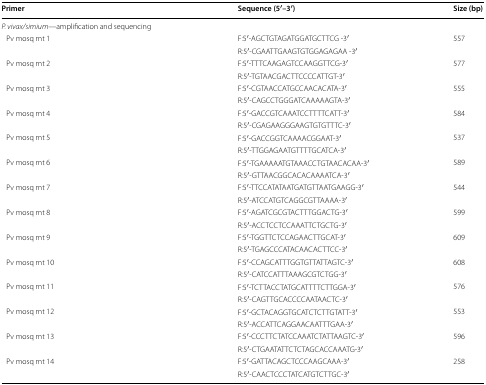
<table><thead><tr><td><b>Primer</b></td><td><b>Sequence (5′–3′)</b></td><td><b>Size (bp)</b></td></tr></thead><tbody><tr><td colspan="3"><i>P. vivax/simium</i>—amplification and sequencing</td></tr><tr><td rowspan="2"> Pv mosq mt 1</td><td>F:5′-AGCTGTAGATGGATGCTTCG -3′</td><td>557</td></tr><tr><td>R:5′-CGAATTGAAGTGTGGAGAGAA -3′</td><td></td></tr><tr><td rowspan="2"> Pv mosq mt 2</td><td>F:5′-TTTCAAGAGTCCAAGGTTCG-3′</td><td>577</td></tr><tr><td>R:5′-TGTAACGACTTCCCCATTGT-3′</td><td></td></tr><tr><td rowspan="2"> Pv mosq mt 3</td><td>F:5′-CGTAACCATGCCAACACATA-3′</td><td>555</td></tr><tr><td>R:5′-CAGCCTGGGATCAAAAAGTA-3′</td><td></td></tr><tr><td rowspan="2"> Pv mosq mt 4</td><td>F:5′-GACCGTCAAATCCTTTTCATT-3′</td><td>584</td></tr><tr><td>R:5′-CGAGAAGGGAAGTGTGTTTC-3′</td><td></td></tr><tr><td rowspan="2"> Pv mosq mt 5</td><td>F:5′-GACCGGTCAAAACGGAAT-3′</td><td>537</td></tr><tr><td>R:5′-TTGGAGAATGTTTTGCATCA-3′</td><td></td></tr><tr><td rowspan="2"> Pv mosq mt 6</td><td>F:5′-TGAAAAATGTAAACCTGTAACACAA-3′</td><td>589</td></tr><tr><td>R:5′-GTTAACGGCACACAAAATCA-3′</td><td></td></tr><tr><td rowspan="2"> Pv mosq mt 7</td><td>F:5′-TTCCATATAATGATGTTAATGAAGG-3′</td><td>544</td></tr><tr><td>R:5′-ATCCATGTCAGGCGTTAAAA-3′</td><td></td></tr><tr><td rowspan="2"> Pv mosq mt 8</td><td>F:5′-AGATCGCGTACTTTGGACTG-3′</td><td>599</td></tr><tr><td>R:5′-ACCTCCTCCAAATTCTGCTG-3′</td><td></td></tr><tr><td rowspan="2"> Pv mosq mt 9</td><td>F:5′-TGGTTCTCCAGAACTTGCAT-3′</td><td>609</td></tr><tr><td>R:5′-TGAGCCCATACAACACTTCC-3′</td><td></td></tr><tr><td rowspan="2"> Pv mosq mt 10</td><td>F:5′-CCAGCATTTGGTGTTATTAGTC-3′</td><td>608</td></tr><tr><td>R:5′-CATCCATTTAAAGCGTCTGG-3′</td><td></td></tr><tr><td rowspan="2"> Pv mosq mt 11</td><td>F:5′-TCTTACCTATGCATTTTCTTGGA-3′</td><td>576</td></tr><tr><td>R:5′-CAGTTGCACCCCAATAACTC-3′</td><td></td></tr><tr><td rowspan="2"> Pv mosq mt 12</td><td>F:5′-GCTACAGGTGCATCTCTTGTATT-3′</td><td>553</td></tr><tr><td>R:5′-ACCATTCAGGAACAATTTGAA-3′</td><td></td></tr><tr><td rowspan="2"> Pv mosq mt 13</td><td>F:5′-CCCTTCTATCCAAATCTATTAAGTC-3′</td><td>596</td></tr><tr><td>R:5′-CTGAATATTCTCTAGCACCAAATG-3′</td><td></td></tr><tr><td rowspan="2"> Pv mosq mt 14</td><td>F:5′-GATTACAGCTCCCAAGCAAA-3′</td><td>258</td></tr><tr><td>R:5′-CAACTCCCTATCATGTCTTGC-3′</td><td></td></tr></tbody></table>